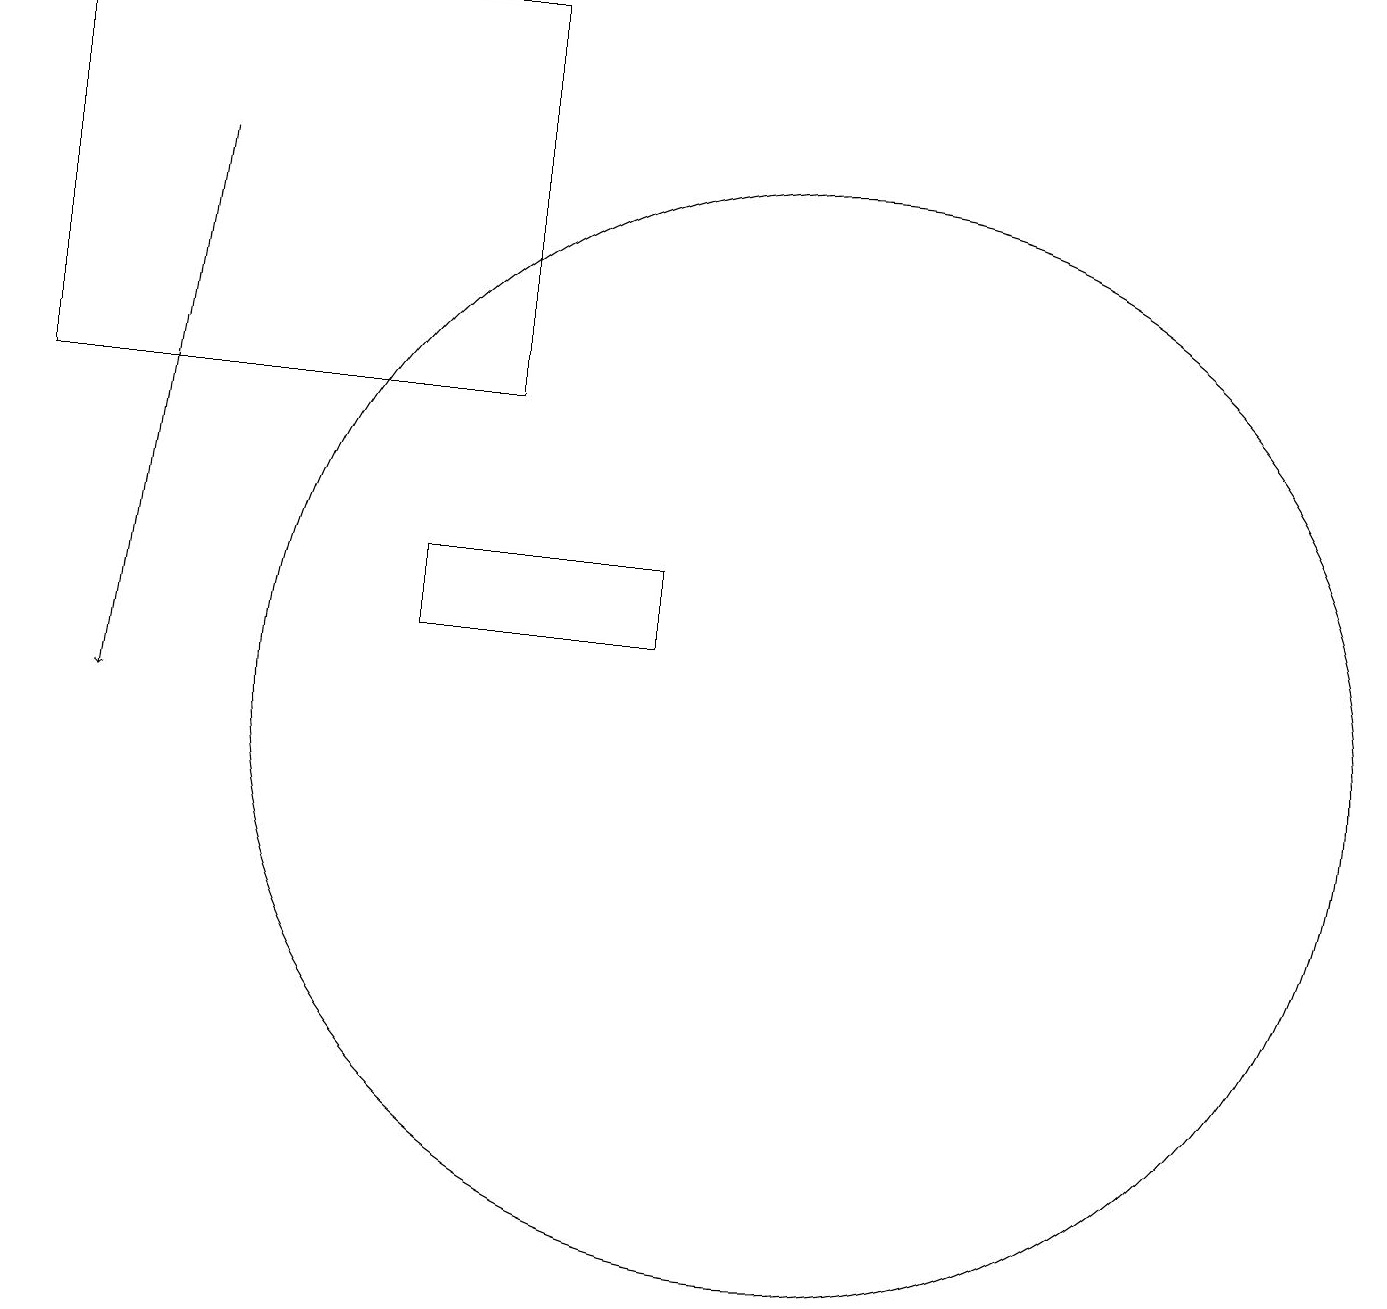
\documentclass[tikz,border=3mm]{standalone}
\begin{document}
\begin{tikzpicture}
\draw (0,14) rectangle (6,19);
\draw[->] (2,17) -- (1,10);
\draw (8,11) rectangle (5,12);
\draw (10,10) circle (7);
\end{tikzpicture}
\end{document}